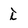
Character: i